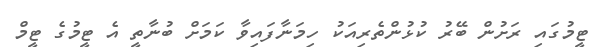
ޓީމުގައި ރަށުން ބޭރު ކުޅުންތެރިއަކު ހިމަނާފައިވާ ކަމަށް ބުނާތީ އެ ޓީމުގެ ޓީމް